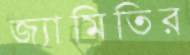
জ্যামিতির